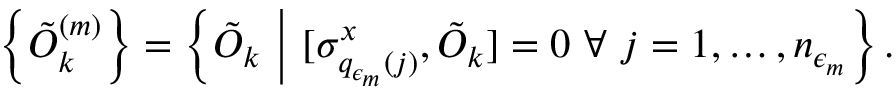
\left\{ \tilde { O } _ { k } ^ { ( m ) } \right\} = \left\{ \tilde { O } _ { k } ~ \Big | ~ [ \sigma _ { q _ { \epsilon _ { m } } ( j ) } ^ { x } , \tilde { O } _ { k } ] = 0 ~ \forall ~ j = 1 , \dots , n _ { \epsilon _ { m } } \right\} .